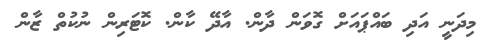
މިދަނީ އަދި ބައްޕައަށް ގޮވަން ދާން. އާދޭ ކާން. ކޮޓަރިން ނުކުތް ޒާން